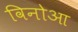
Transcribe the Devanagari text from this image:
विनोआ